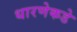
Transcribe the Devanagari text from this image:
धारणेकडे